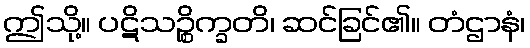
ဤသို့။ ပဋိသဉ္စိက္ခတိ၊ ဆင်ခြင်၏။ တံဌာနံ၊